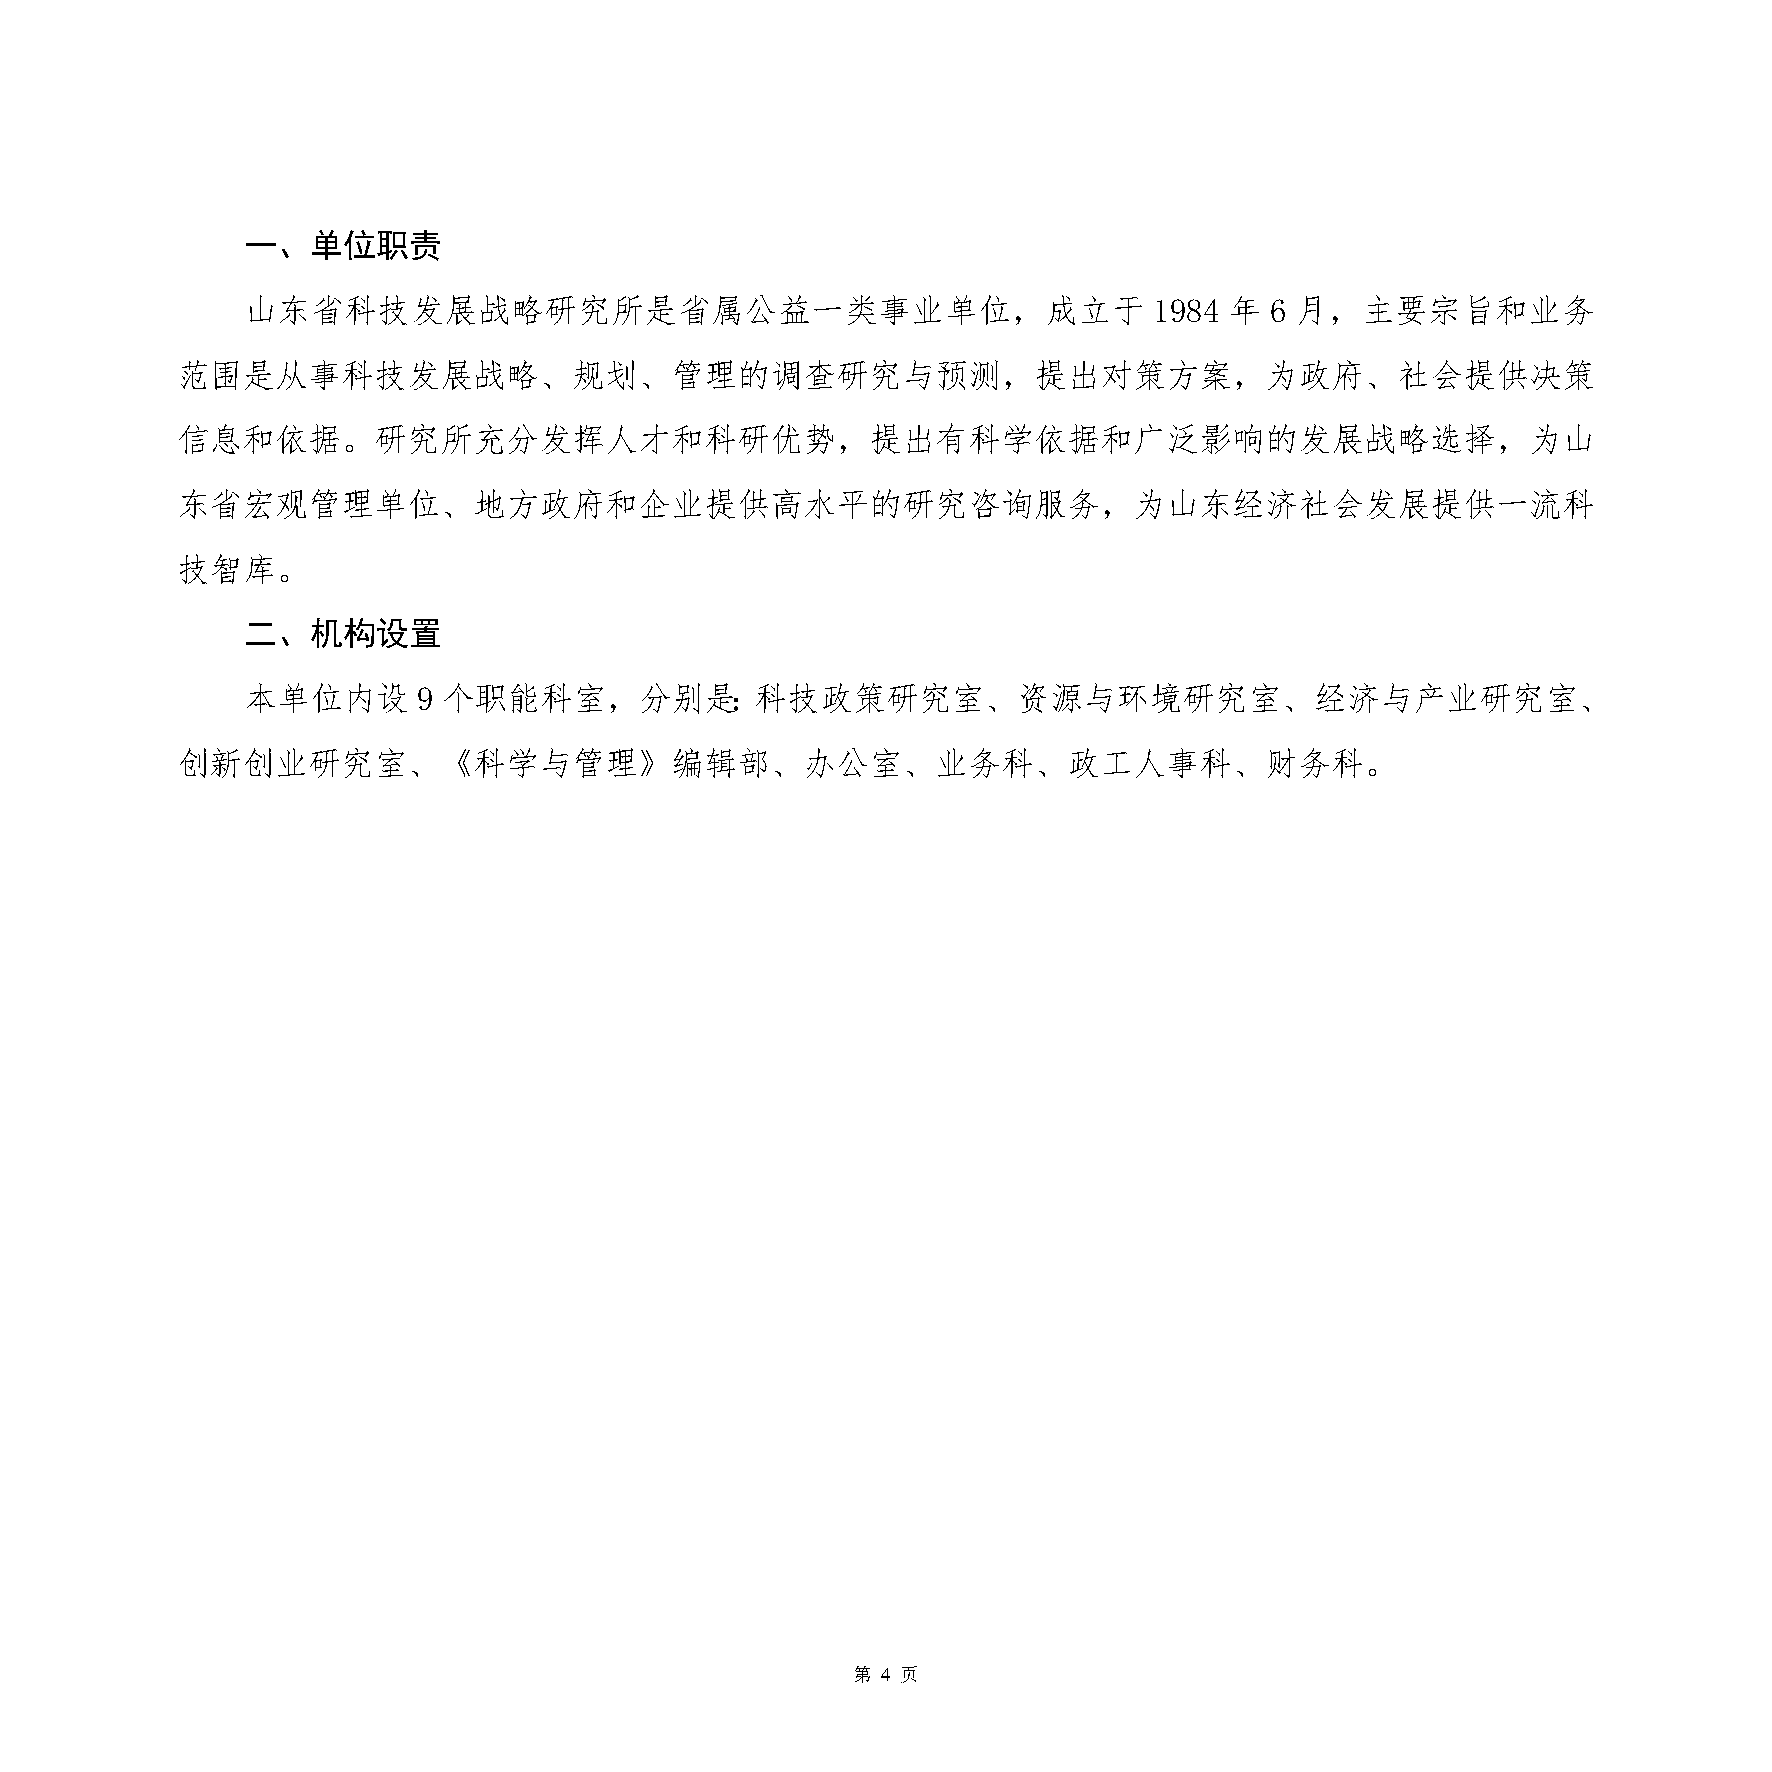
一、单位职责
 山东省科技发展战略研究所是省属公益一类事业单位，成立于                                 1984 年  6 月，主要宗旨和业务
 范围是从事科技发展战略、规划、管理的调查研究与预测，提出对策方案，为政府、社会提供决策
 信息和依据。研究所充分发挥人才和科研优势，提出有科学依据和广泛影响的发展战略选择，为山
 东省宏观管理单位、地方政府和企业提供高水平的研究咨询服务，为山东经济社会发展提供一流科
 技智库。
 二、机构设置
 本单位内设       9 个职能科室，分别是：科技政策研究室、资源与环境研究室、经济与产业研究室、
 创新创业研究室、《科学与管理》编辑部、办公室、业务科、政工人事科、财务科。
 第 4 页